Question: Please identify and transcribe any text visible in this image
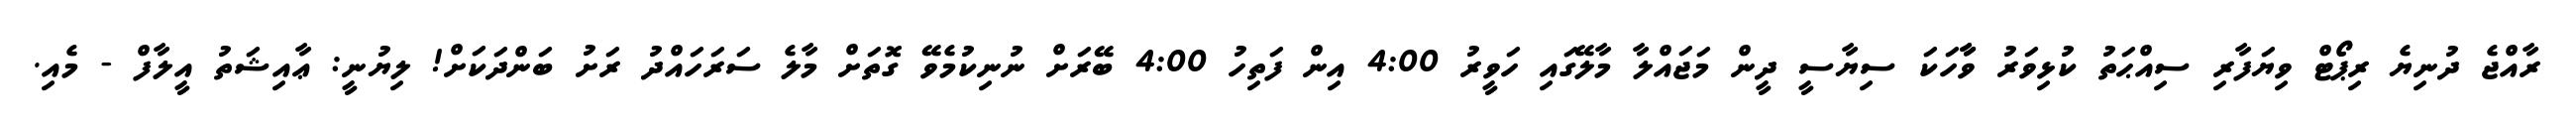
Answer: ރާއްޖެ ދުނިޔެ ރިޕޯޓް ވިޔަފާރި ސިއްޙަތު ކުޅިވަރު ވާާހަކަ ސިޔާސީ ދީން މަޖައްލާ މާލޭގައި ހަވީރު 4:00 އިން ފަތިހު 4:00 ބޭރަށް ނުނިކުމެވޭ ގޮތަށް މާލެ ސަރަހައްދު ރަށު ބަންދަކަށް! ލިޔުނީ: ޢާއިޝަތު އީލާފް - މެއި.